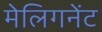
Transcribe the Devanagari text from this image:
मेलिगनेंट